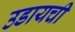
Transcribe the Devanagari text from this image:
उडायची